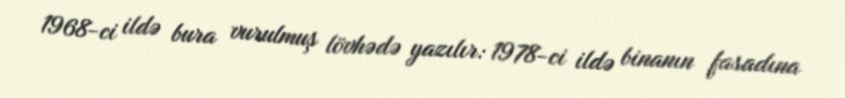
1968-ci ildə bura vurulmuş lövhədə yazılır: 1978-ci ildə binanın fasadına